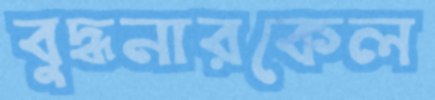
বুদ্ধনারকেল